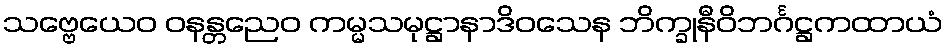
သဗ္ဗေယေဝ ဝနန္တညေဝ ကမ္မသမုဋ္ဌာနာဒိဝသေန ဘိက္ခုနီဝိဘင်္ဂဋ္ဌကထာယံ